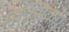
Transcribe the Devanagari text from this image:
मेक्सिको।